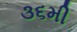
૩૬મી